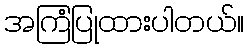
အကြံပြုထားပါတယ်။